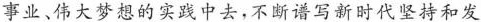
事业、伟大梦想的实践中去，不断谱写新时代坚持和发